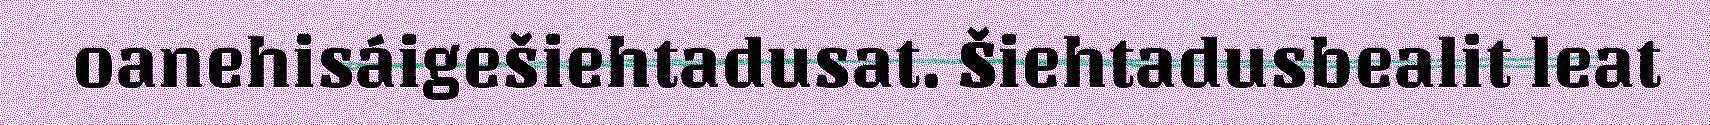
oanehisáigešiehtadusat. Šiehtadusbealit leat